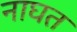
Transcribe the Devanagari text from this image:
नाघत